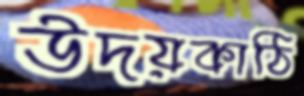
উদয়কাঠি